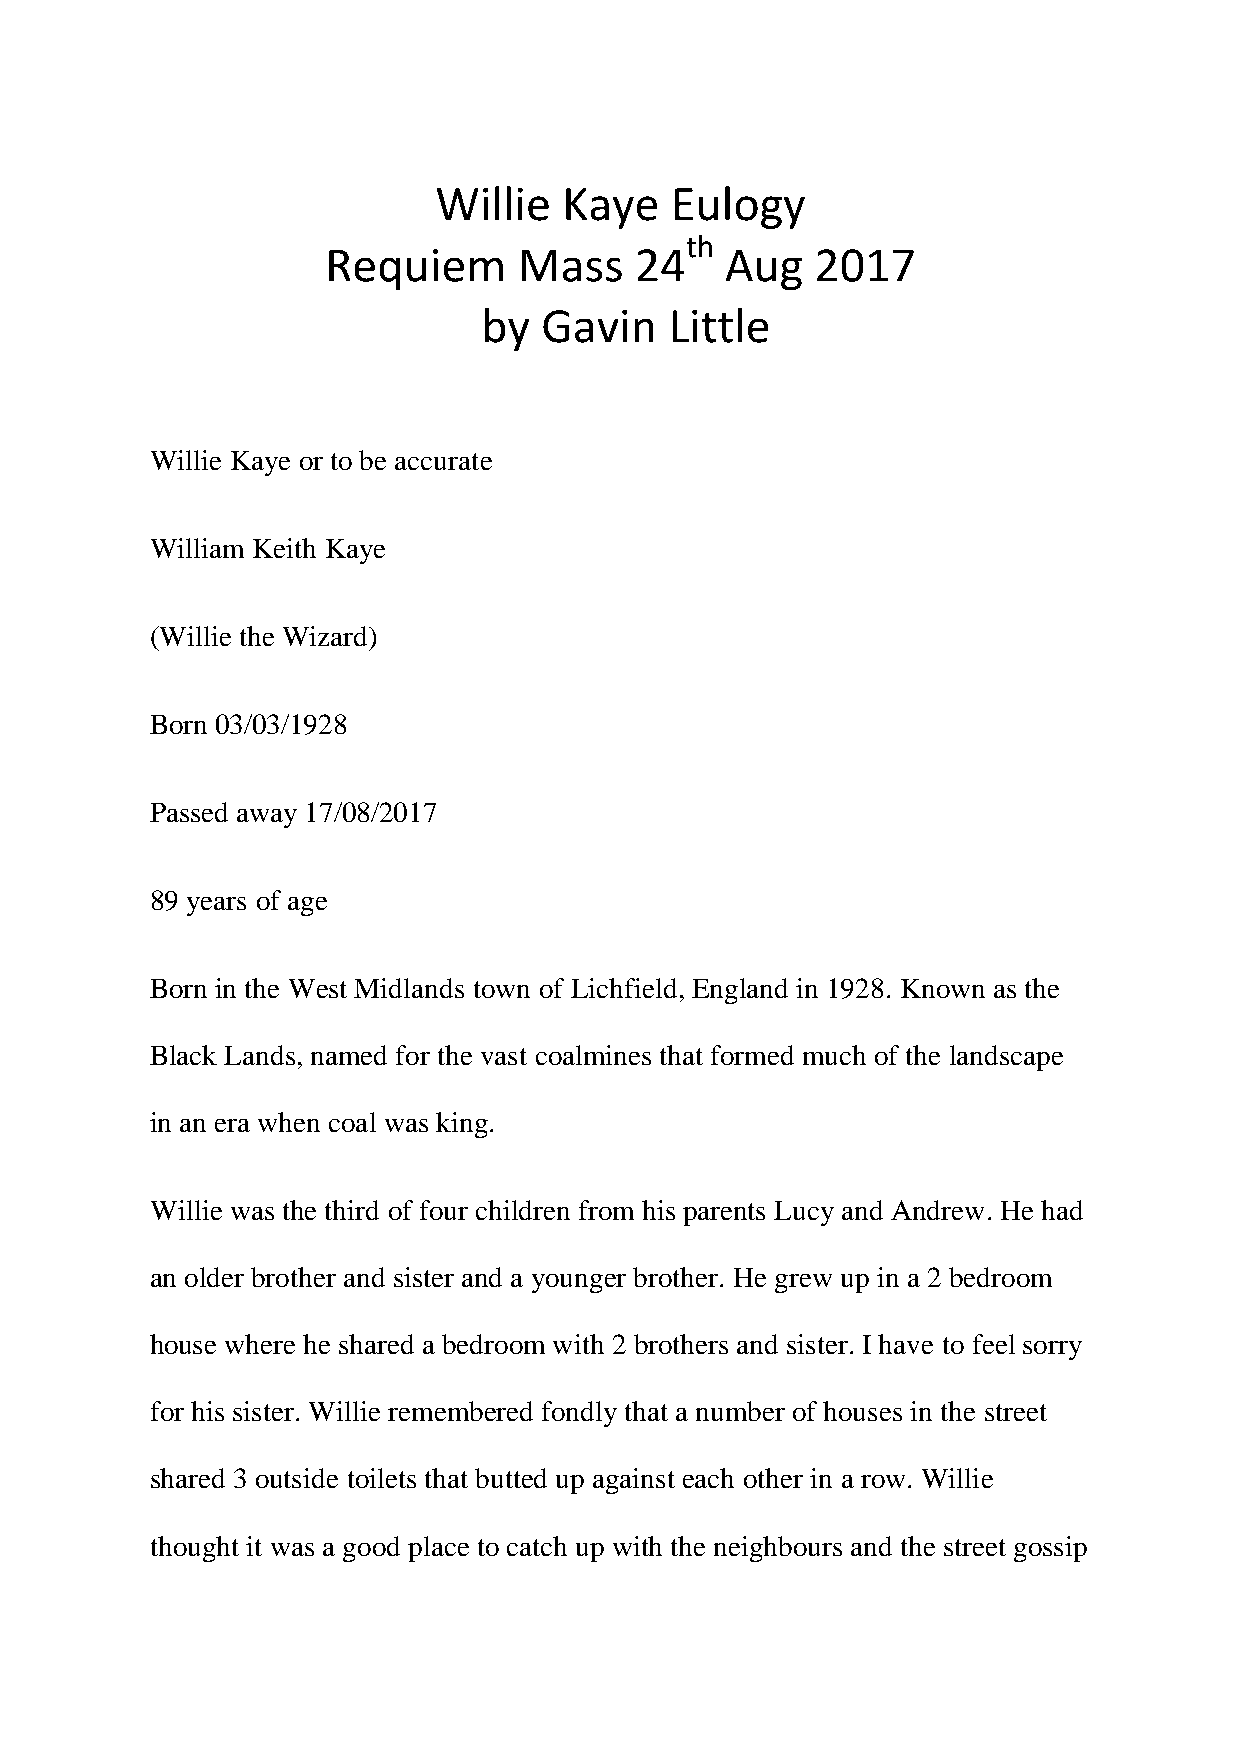
Willie  Kaye   Eulogy
 th
 Requiem     Mass    24    Aug   2017
 by  Gavin   Little
 Willie Kaye or to be accurate
 William Keith Kaye
 (Willie the Wizard)
 Born 03/03/1928
 Passed away 17/08/2017
 89 years of age
 Born in the West Midlands town of Lichfield, England in 1928. Known as the
 Black Lands, named for the vast coalmines that formed much of the landscape
 in an era when coal was king.
 Willie was the third of four children from his parents Lucy and Andrew. He had
 an older brother and sister and a younger brother. He grew up in a 2 bedroom
 house where he shared a bedroom with 2 brothers and sister. I have to feel sorry
 for his sister. Willie remembered fondly that a number of houses in the street
 shared 3 outside toilets that butted up against each other in a row. Willie
 thought it was a good place to catch up with the neighbours and the street gossip